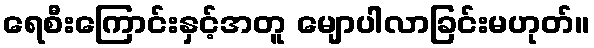
ရေစီးကြောင်းနှင့်အတူ မျောပါလာခြင်းမဟုတ်။